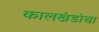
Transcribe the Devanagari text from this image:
कालखंडांचा